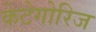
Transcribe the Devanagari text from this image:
केटेगोरिज